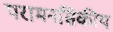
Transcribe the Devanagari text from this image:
परामनसिकीय